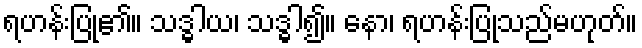
ရဟန်းပြု၏။ သဒ္ဓါယ၊ သဒ္ဓါ၍။ နော၊ ရဟန်းပြုသည်မဟုတ်။